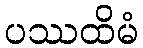
ပဿထိမံ